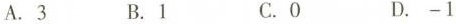
A.3 B.1 C.0 D.-1